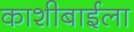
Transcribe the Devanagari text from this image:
काशीबाईला